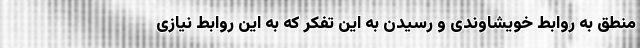
منطق به روابط خویشاوندی و رسیدن به این تفکر که به این روابط نیازی